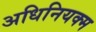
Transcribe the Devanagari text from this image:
अधिनियक्म